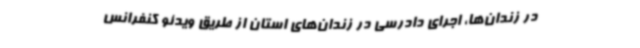
در زندان‌ها، اجرای دادرسی در زندان‌های استان از طریق ویدئو کنفرانس